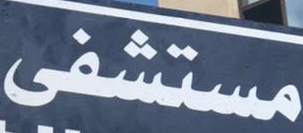
مستشفى